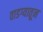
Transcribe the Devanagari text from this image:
वाडग्यातून